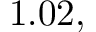
1 . 0 2 ,